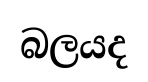
බලයද